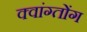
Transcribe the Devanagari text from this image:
क्वांग्तोंग